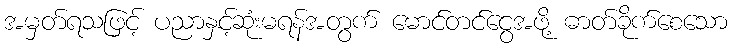
အမှတ်ရသဖြင့် ပညာနှင့်ဆုံးမရန်အတွက် မောင်တင်ငွေအဖို့ ဓာတ်ခိုက်စေသော